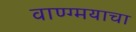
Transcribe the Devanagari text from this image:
वाण्ग्मयाचा